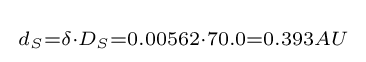
{\begin{smallmatrix}d_{S}=\delta \cdot D_{S}={0.00562}\cdot 70.0=0.393AU\end{smallmatrix}}